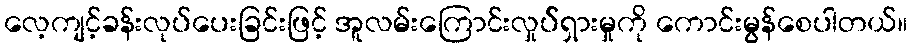
လေ့ကျင့်ခန်းလုပ်ပေးခြင်းဖြင့် အူလမ်းကြောင်းလှုပ််ရှားမှုကို ကောင်းမွန်စေပါတယ်။